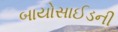
બાયોસાઈડની